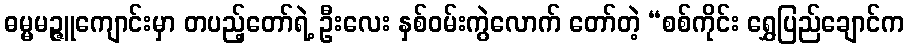
ဓမ္မမဉ္ဇူကျောင်းမှာ တပည့်တော်ရဲ့ ဦးလေး နှစ်ဝမ်းကွဲလောက် တော်တဲ့ “စစ်ကိုင်း ရွှေပြည်ချောင်က